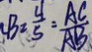
C B = \frac { 4 } { 5 } = \frac { A C } { A B }